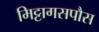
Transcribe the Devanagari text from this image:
मिट्टागसपौस